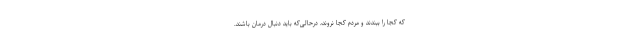
که کجا را ببندند و مردم کجا نروند، درحالی‌که باید دنبال درمان باشند.